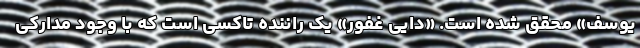
یوسف» محقق شده است. «دایی غفور» یک راننده تاکسی است که با وجود مدارکی